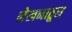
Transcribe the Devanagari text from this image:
लेखनातुन